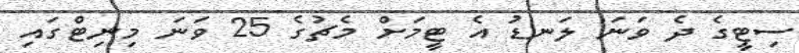
ސިޓީގެ ދެ ވަނަ ލަނޑު އެ ޓީމަށް މެޗުގެ 25 ވަނަ މިނިޓްގައި